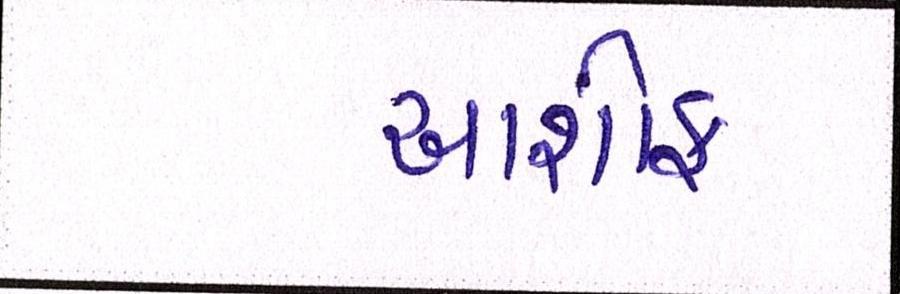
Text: આશીફ